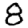
Digit: 8